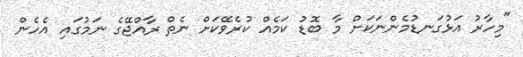
"މިހާރު އަޅުގަނޑުމެންނަކަށް މާ ބޮޑު ކަމެއް ކުރެވޭކަށް ނެތް ރާއްޖޭގެ ނަމުގައި އެހެން